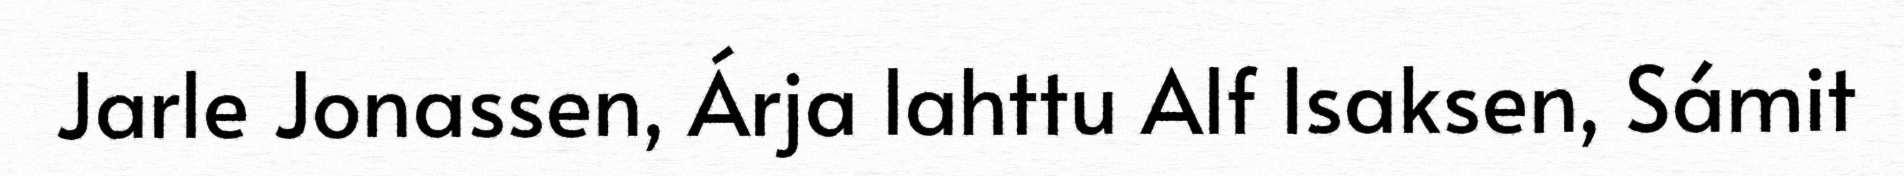
Jarle Jonassen, Árja lahttu Alf Isaksen, Sámit